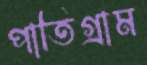
পাতিগ্রাম